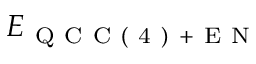
E _ { \mathrm { ~ Q ~ C ~ C ~ ( ~ 4 ~ ) ~ + ~ E ~ N ~ } }